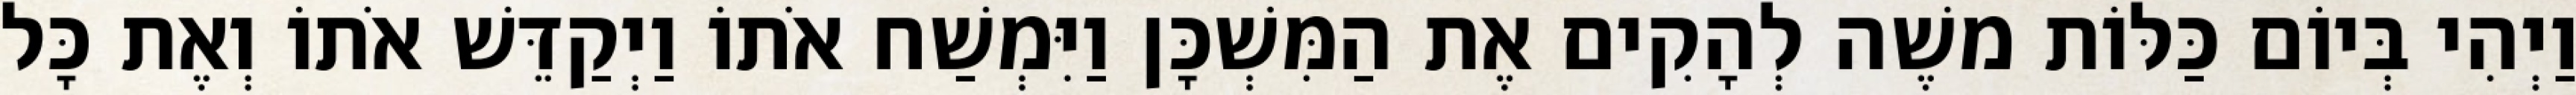
וַיְהִי בְּיוֹם כַּלּוֹת משֶׁה לְהָקִים אֶת הַמִּשְׁכָּן וַיִּמְשַׁח אֹתוֹ וַיְקַדֵּשׁ אֹתוֹ וְאֶת כָּל